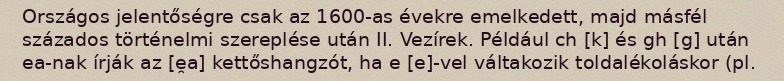
Országos jelentőségre csak az 1600-as évekre emelkedett, majd másfél százados történelmi szereplése után II. Vezírek. Például ch [k] és gh [g] után ea-nak írják az [e̯a] kettőshangzót, ha e [e]-vel váltakozik toldalékoláskor (pl.